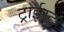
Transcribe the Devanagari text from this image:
ट्राईस्ट